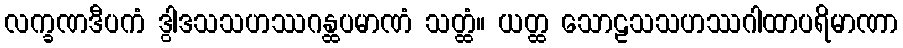
လက္ခဏဒီပကံ ဒွါဒသသဟဿဂန္ထပမာဏံ သတ္ထံ။ ယတ္ထ သောဠသသဟဿဂါထာပရိမာဏာ